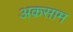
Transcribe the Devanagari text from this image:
अक़साम